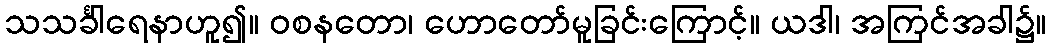
သသင်္ခါရေနာဟူ၍။ ဝစနတော၊ ဟောတော်မူခြင်းကြောင့်။ ယဒါ၊ အကြင်အခါ၌။